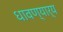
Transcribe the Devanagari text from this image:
धावण्यार्य